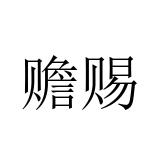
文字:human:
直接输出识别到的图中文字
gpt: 赡赐